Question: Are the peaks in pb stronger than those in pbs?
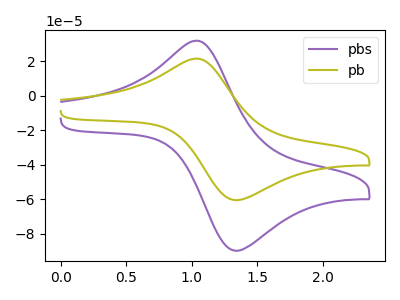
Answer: <think>The purple curve "pbs" has an anodic peak at (1.05V, 31.90uA) and a cathodic peak at (1.35V, -90.00uA). The olive curve "pb" has an anodic peak at (1.05V, 21.50uA) and a cathodic peak at (1.35V, -60.65uA).</think>
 <answer>Every peak in "pb" is lower than every peak in "pbs".</answer>
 <eval>lower</eval>